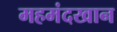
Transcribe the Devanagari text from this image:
महमंदखान